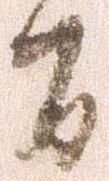
間